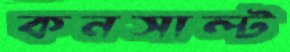
কনসাল্ট